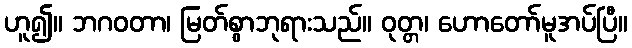
ဟူ၍။ ဘဂဝတာ၊ မြတ်စွာဘုရားသည်။ ဝုတ္တ၊ ဟောတော်မူအပ်ပြီ။